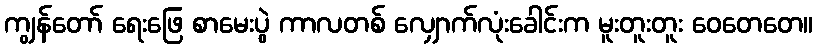
ကျွန်တော် ရေးဖြေ စာမေးပွဲ ကာလတစ် လျှောက်လုံးခေါင်းက မူးတူးတူး ဝေတေတေ။